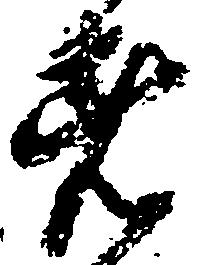
者